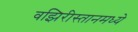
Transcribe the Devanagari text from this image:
वझिरीस्तानमध्ये